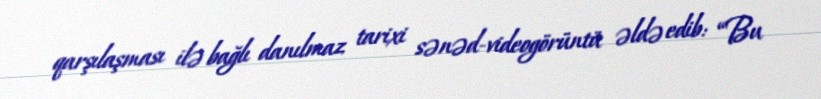
qarşılaşması ilə bağlı danılmaz tarixi sənəd-videogörüntü əldə edib: “Bu